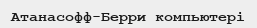
Атанасофф-Берри компьютері